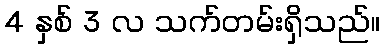
4 နှစ် 3 လ သက်တမ်းရှိသည်။